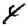
Digit: 4